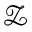
\mathcal { Z }